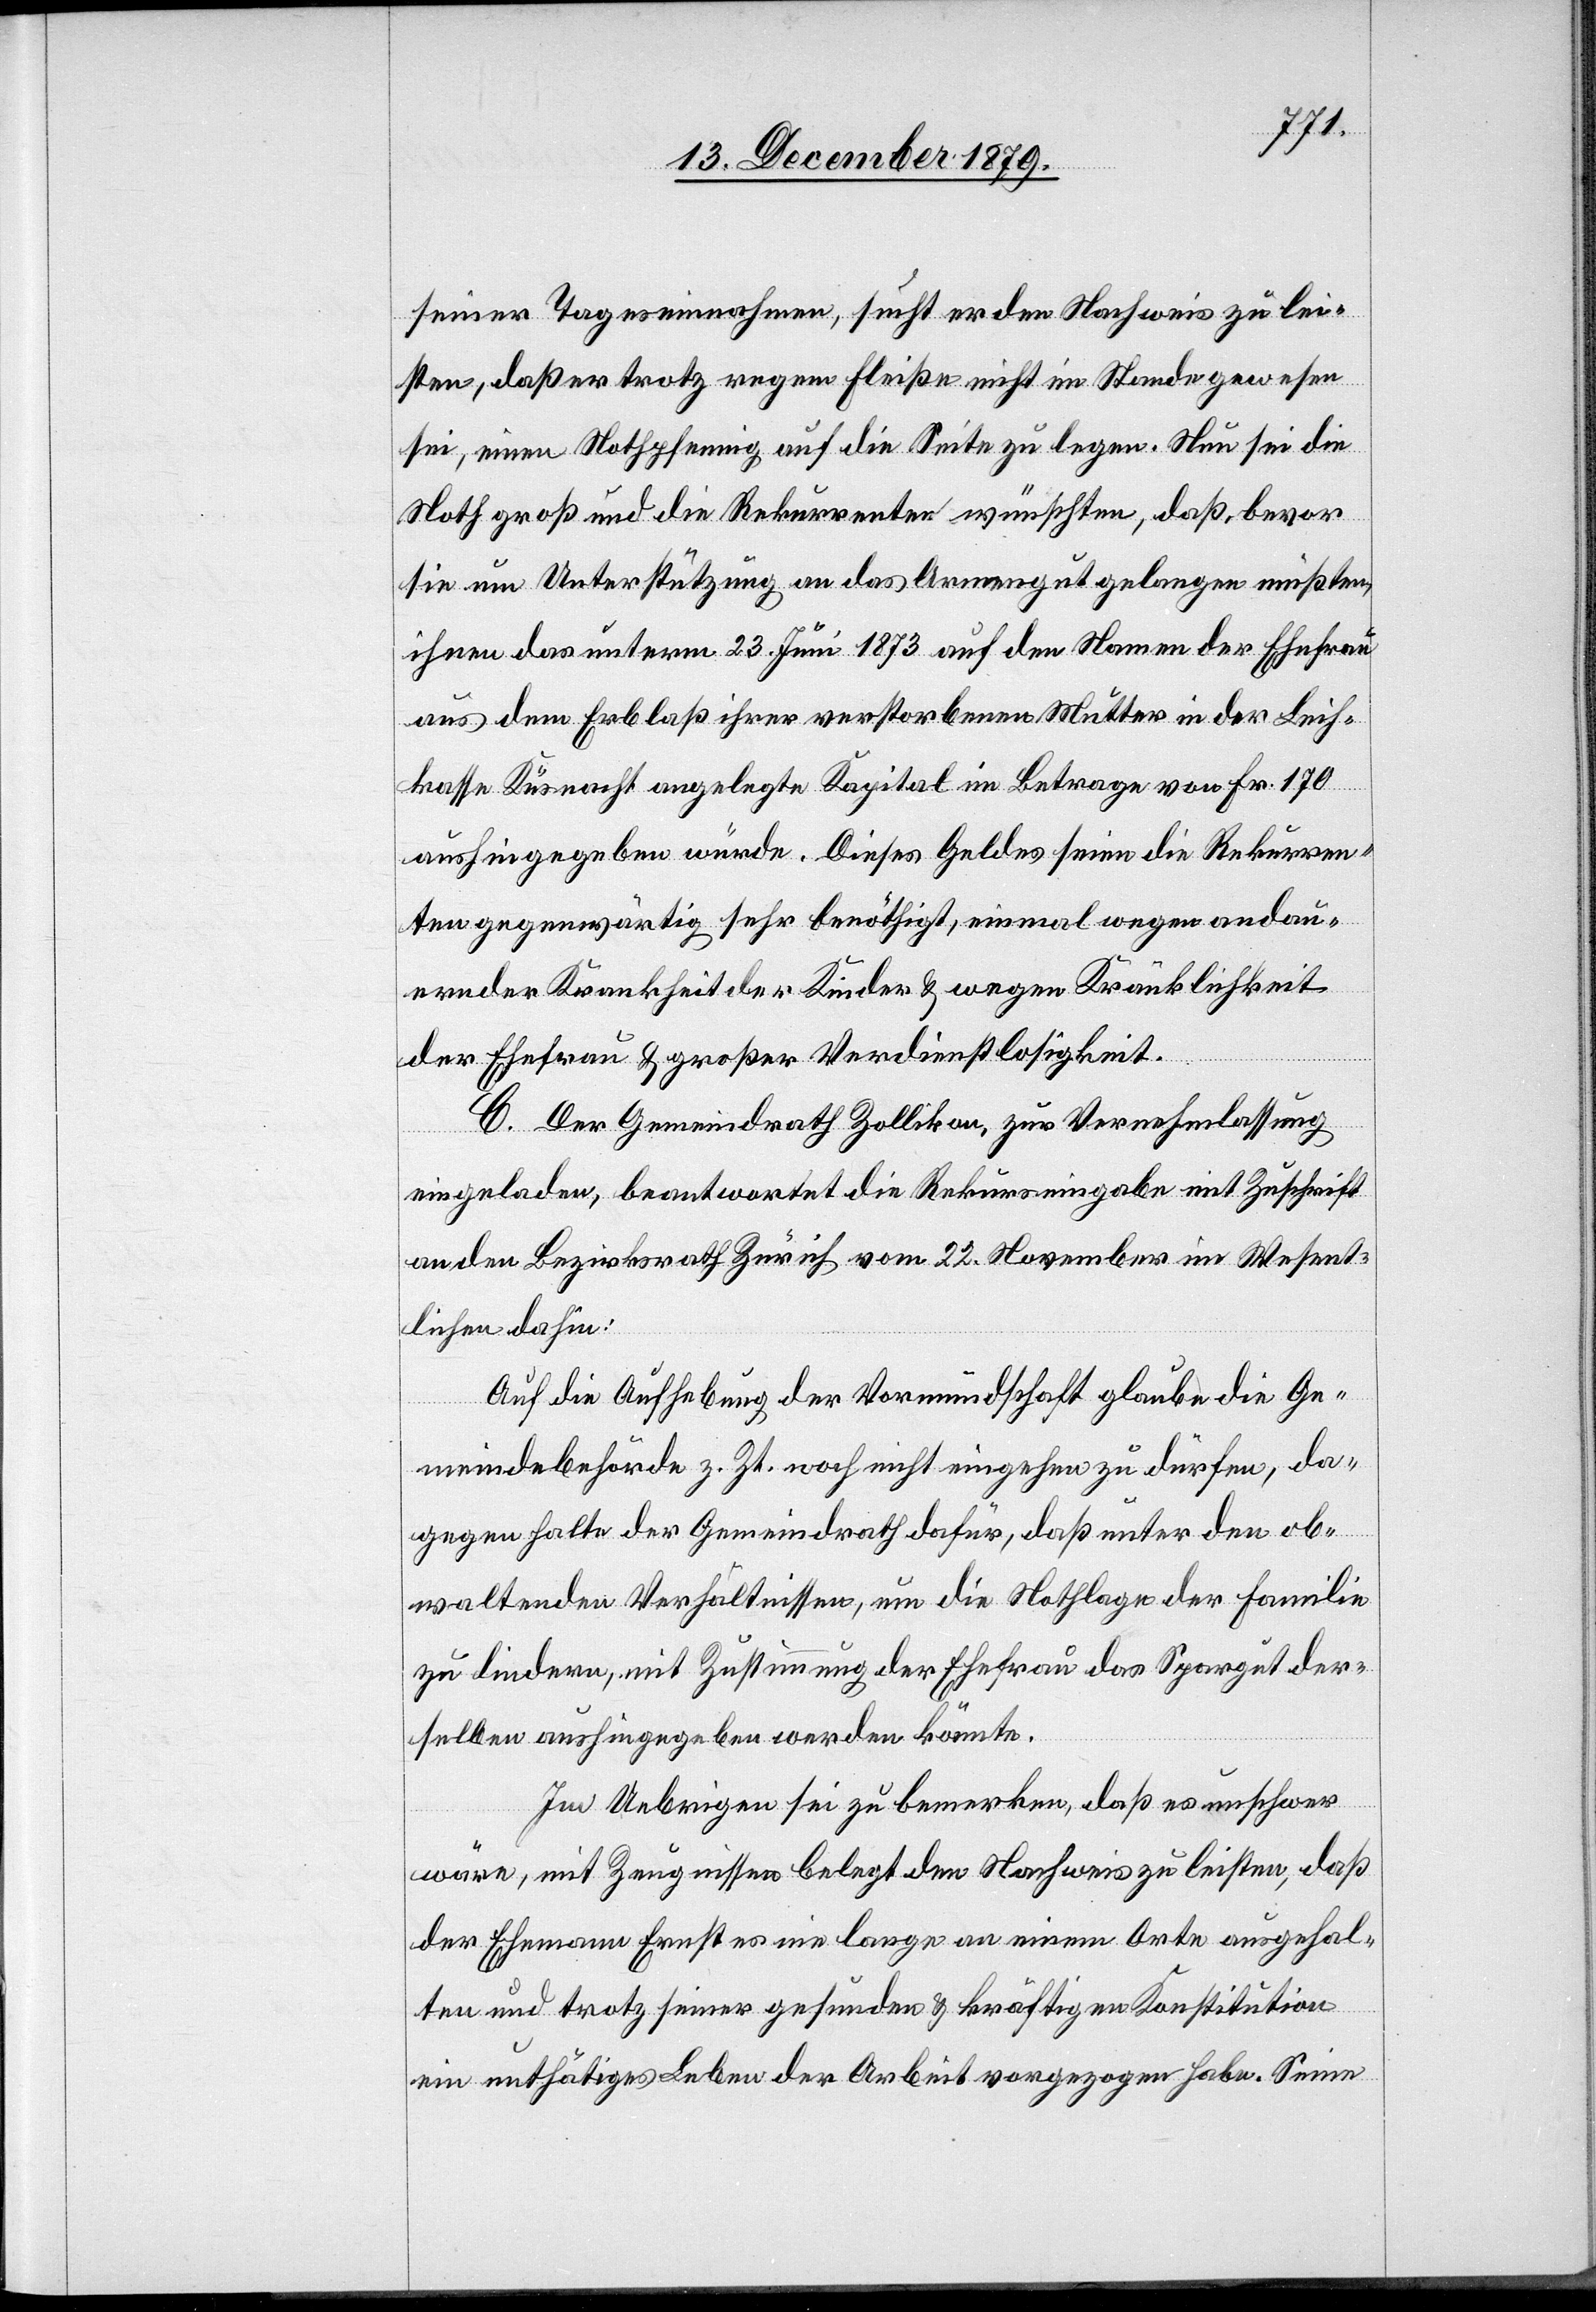
seiner Tageseinnahmen, sucht er den Nachweis zu lei¬
sten, daß er trotz regem Fleiße nicht im Stande gewesen
sei, einen Nothpfennig auf die Seite zu legen. Nun sei die
Noth groß und die Rekurrenten wünschen, daß, bevor
sie um Unterstützung an das Armengut gelangen müßten,
ihnen das unterm 23. Juni 1873 auf den Namen der Ehefrau
aus dem Erblaß ihrer verstorbenen Mutter in der Leih¬
kasse Küsnacht angelegte Kapital im Betrage von Fr. 170
aushingegeben würde. Dieses Geldes seien die Rekurren¬
ten gegenwärtig sehr benöthigt, einmal wegen andau¬
ernder Krankheit der Kinder & wegen Kränklichkeit
der Ehefrau & großer Verdienstlosigkeit.
C. Der Gemeindrath Zollikon, zur Vernehmlassung
eingeladen, beantwortet die Rekurseingabe mit Zuschrift
an den Bezirksrath Zürich vom 22. November im Wesent¬
lichen dahin:
Auf die Aufhebung der Vormundschaft glaube die Ge¬
meindebehörde z. Zt. noch nicht eingehen zu dürfen, da¬
gegen halte der Gemeindrath dafür, daß unter den ob¬
waltenden Verhältnissen, um die Nothlage der Familie
zu lindern, mit Zustimmung der Ehefrau das Spargut der¬
selben aushingegeben werden könnte.
Im Uebrigen sei zu bemerken, daß es unschwer
wäre, mit Zeugnissen belegt den Nachweis zu leisten, daß
der Ehemann Ernst es nie lange an einem Orte ausgehal¬
ten und trotz seiner gesunden & kräftigen Konstitution
ein untätiges Leben der Arbeit vorgezogen habe. Seine